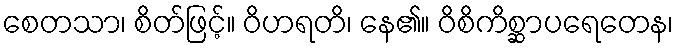
စေတသာ၊ စိတ်ဖြင့်။ ဝိဟရတိ၊ နေ၏။ ဝိစိကိစ္ဆာပရေတေန၊